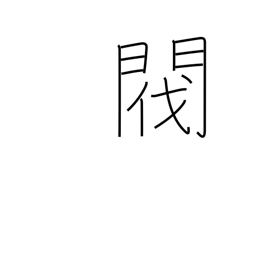
Meaning: pedigree